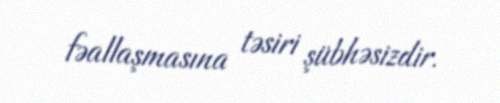
fəallaşmasına təsiri şübhəsizdir.